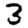
Digit: 3